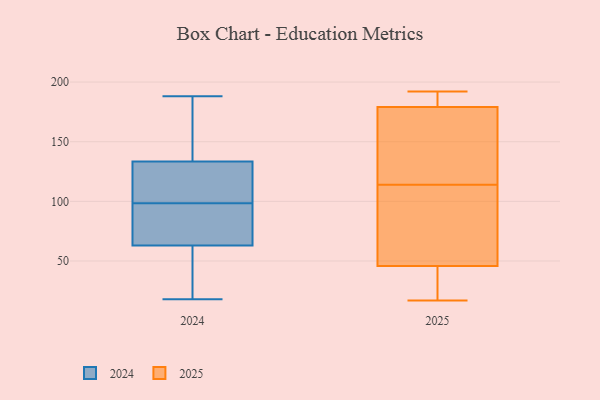
{"axis": {"x": "Backlog", "y": "Value"}, "legend": ["2024", "2025"], "data": [{"x": "", "y": 27, "type": "2024"}, {"x": "", "y": 27, "type": "2024"}, {"x": "", "y": 68, "type": "2024"}, {"x": "", "y": 88, "type": "2024"}, {"x": "", "y": 188, "type": "2024"}, {"x": "", "y": 124, "type": "2024"}, {"x": "", "y": 100, "type": "2024"}, {"x": "", "y": 147, "type": "2024"}, {"x": "", "y": 104, "type": "2024"}, {"x": "", "y": 78, "type": "2024"}, {"x": "", "y": 94, "type": "2024"}, {"x": "", "y": 58, "type": "2024"}, {"x": "", "y": 127, "type": "2024"}, {"x": "", "y": 18, "type": "2024"}, {"x": "", "y": 97, "type": "2024"}, {"x": "", "y": 178, "type": "2024"}, {"x": "", "y": 110, "type": "2024"}, {"x": "", "y": 168, "type": "2024"}, {"x": "", "y": 48, "type": "2024"}, {"x": "", "y": 140, "type": "2024"}, {"x": "", "y": 28, "type": "2025"}, {"x": "", "y": 118, "type": "2025"}, {"x": "", "y": 99, "type": "2025"}, {"x": "", "y": 185, "type": "2025"}, {"x": "", "y": 114, "type": "2025"}, {"x": "", "y": 192, "type": "2025"}, {"x": "", "y": 30, "type": "2025"}, {"x": "", "y": 185, "type": "2025"}, {"x": "", "y": 93, "type": "2025"}, {"x": "", "y": 161, "type": "2025"}, {"x": "", "y": 17, "type": "2025"}]}